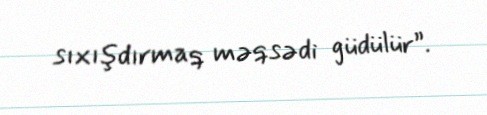
sıxışdırmaq məqsədi güdülür”.